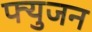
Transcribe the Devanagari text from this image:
फ्युजन